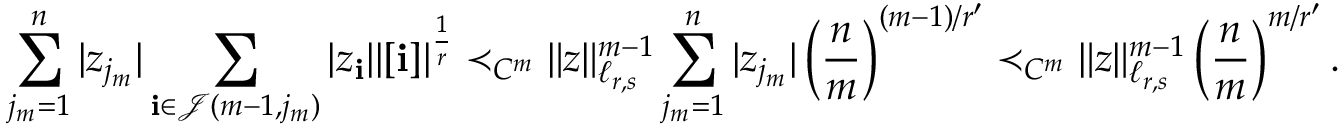
\sum _ { j _ { m } = 1 } ^ { n } | z _ { j _ { m } } | \sum _ { \mathbf { i } \in \mathcal J ( m - 1 , j _ { m } ) } | z _ { \mathbf { i } } | | [ \mathbf { i } ] | ^ { \frac { 1 } { r } } \prec _ { C ^ { m } } \Vert z \Vert _ { \ell _ { r , s } } ^ { m - 1 } \sum _ { j _ { m } = 1 } ^ { n } | z _ { j _ { m } } | \left( \frac { n } { m } \right) ^ { ( m - 1 ) / r ^ { \prime } } \prec _ { C ^ { m } } \Vert z \Vert _ { \ell _ { r , s } } ^ { m - 1 } \left( \frac { n } { m } \right) ^ { m / r ^ { \prime } } .